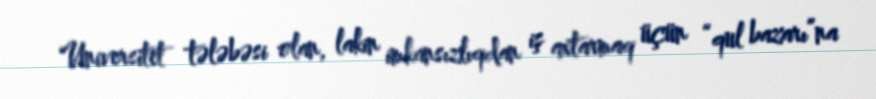
Universitet tələbəsi olan, lakin imkansızlıqdan iş axtarmaq üçün “qul bazarı”na